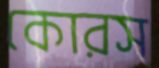
কোরস